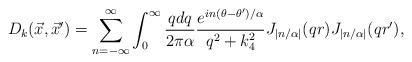
LaTeX: \begin{align*}D_k ({\vec x},{\vec x'}) = \sum_{n=-\infty}^\infty\int_0^\infty {q dq\over 2\pi\alpha} {e^{in(\theta-\theta')/\alpha}\over q^2+ k_4^2} J_{\left|n/ \alpha \right|}(q r) J_{\left|n/ \alpha \right|}(q r'),\end{align*}